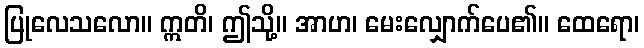
ပြုလေသလော။ ဣတိ၊ ဤသို့။ အာဟ၊ မေးလျှောက်ပေ၏။ ထေရော၊